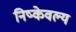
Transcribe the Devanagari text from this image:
निष्केवल्य